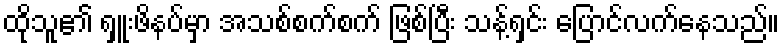
ထိုသူ၏ ရှူးဖိနပ်မှာ အသစ်စက်စက် ဖြစ်ပြီး သန့်ရှင်း ပြောင်လက်နေသည်။